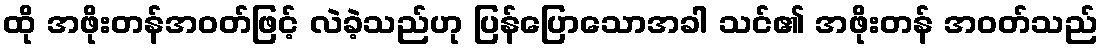
ထို အဖိုးတန်အဝတ်ဖြင့် လဲခဲ့သည်ဟု ပြန်ပြောသောအခါ သင်၏ အဖိုးတန် အဝတ်သည်